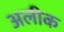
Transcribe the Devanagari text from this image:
अलीक